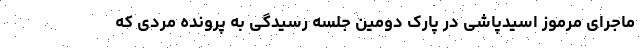
ماجرای مرموز اسیدپاشی در پارک دومین جلسه رسیدگی به پرونده مردی که